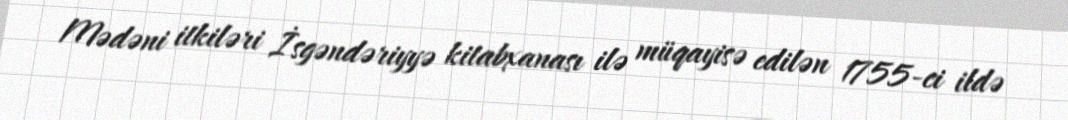
Mədəni itkiləri İsgəndəriyyə kitabxanası ilə müqayisə edilən 1755-ci ildə